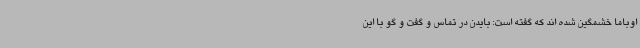
اوباما خشمگین شده اند که گفته است: بایدن در تماس و گفت و گو با این